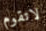
لاتقوم